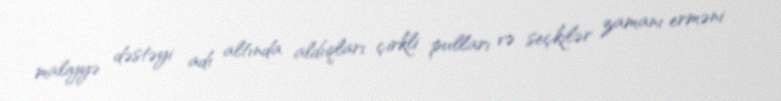
maliyyə dəstəyi adı altında aldıqları çirkli pulları və seçkilər zamanı erməni